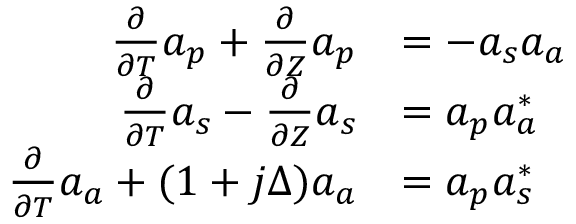
\begin{array} { r l } { \frac { \partial } { \partial T } a _ { p } + \frac { \partial } { \partial Z } a _ { p } } & { = - a _ { s } a _ { a } } \\ { \frac { \partial } { \partial T } a _ { s } - \frac { \partial } { \partial Z } a _ { s } } & { = a _ { p } a _ { a } ^ { * } } \\ { \frac { \partial } { \partial T } a _ { a } + ( 1 + j \Delta ) a _ { a } } & { = a _ { p } a _ { s } ^ { * } } \end{array}